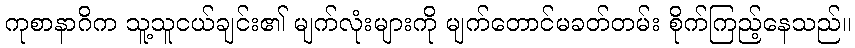
ကုစာနာဂိက သူ့သူငယ်ချင်း၏ မျက်လုံးများကို မျက်တောင်မခတ်တမ်း စိုက်ကြည့်နေသည်။